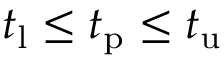
t _ { \mathrm { l } } \le t _ { \mathrm { p } } \le t _ { \mathrm { u } }